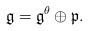
LaTeX: \begin{align*}\mathfrak{g}=\mathfrak{g}^\theta\oplus\mathfrak{p}.\end{align*}